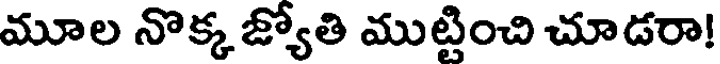
మూల నొక్క జ్యోతి ముట్టించి చూడరా!